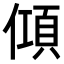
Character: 𬿦